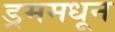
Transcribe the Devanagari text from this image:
ड्रममधून